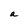
Character: a